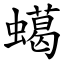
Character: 䗶